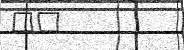
١٧